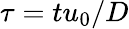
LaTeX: \tau=t{{u}_{0}}/D